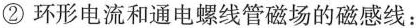
② 环形电流和通电螺线管磁场的磁感线：